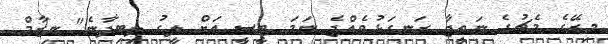
މިރޭގެ މެޗުގެ ނަތީޖާ ރަނގަޅުވެއްޖެ ނަމަ ޓީސީ އަށް ލީގު ލިބިދާނެ" ނިޒާމް